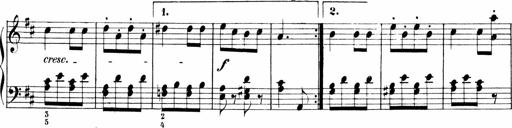
Title: 6 Liedersonatinen
Composer: Carl Reinecke